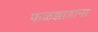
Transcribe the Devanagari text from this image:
फळझाडांना